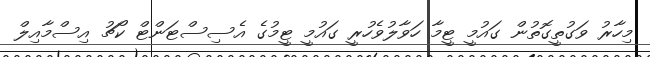
މިހާރު ވަގުތީގޮތުން ގައުމީ ޓީމާ ހަވާލުވެހުރީ ގައުމީ ޓީމުގެ އެސިސްޓަންޓް ކޯޗު އިސްމާއިލް